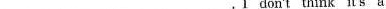
___ ___ ___ ___. I don't think it's a